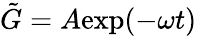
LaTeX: \tilde{G}=A\mathrm{exp}(-\omega t)